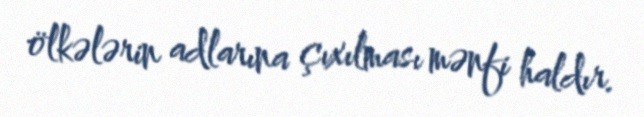
ölkələrin adlarına çıxılması mənfi haldır.